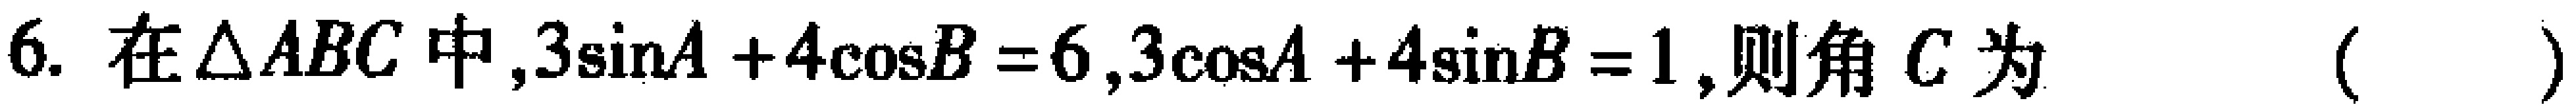
6. 在$\triangle ABC$中,$3\sin A + 4\cos B = 6$,$3\cos A + 4\sin B = 1$,则角$C$为 （  ）